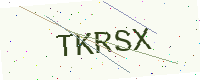
Text: TKRSX